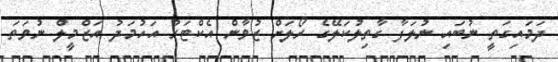
ދަމައިގަތީ ނުބައި ނުލަފާ ގާތިލުކަލޭގެ ރޯލަށް ޒުވާން އެކްޓަރު އަހުމަދު އަޒްމީލް ނުވަތަ